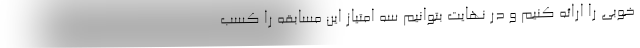
خوبی را ارائه کنیم و در نهایت بتوانیم سه امتیاز این مسابقه را کسب